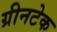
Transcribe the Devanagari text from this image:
ग्रीनटेक